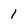
Character: 1